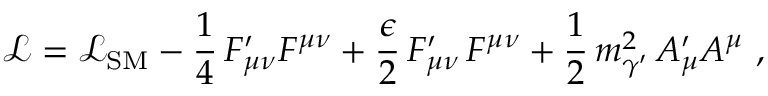
\mathcal { L } = \mathcal { L } _ { \mathrm { S M } } - \frac { 1 } { 4 } \, F _ { \mu \nu } ^ { \prime } F ^ { \mu \nu } + \frac { \epsilon } { 2 } \, F _ { \mu \nu } ^ { \prime } \, F ^ { \mu \nu } + \frac { 1 } { 2 } \, m _ { \gamma ^ { \prime } } ^ { 2 } \, A _ { \mu } ^ { \prime } A ^ { \mu } ~ ,